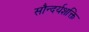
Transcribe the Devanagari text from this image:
सौन्दर्यशक्ति